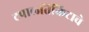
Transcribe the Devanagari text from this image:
टपालतिकिटाचे